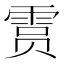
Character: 𫕥